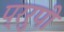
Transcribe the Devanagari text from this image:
प्ररुपी